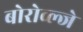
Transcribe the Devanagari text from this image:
बोरोव्ल्जे